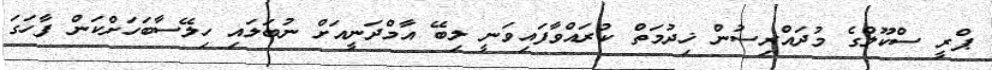
ޕްރީ ސްކޫލްގެ މުދައްރިސުން ޚިދުމަތް ކުރައްވާފައިވަނީ ލިބޭ އާމްދަނީއަށް ނުބަލައި ހިލޭސާބަހަށްކަން ފާހަގަ